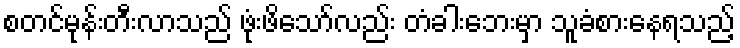
စတင်မုန်းတီးလာသည် ဖုံးဖိသော်လည်း တံခါးဘေးမှာ သူခံစားနေရသည့်